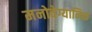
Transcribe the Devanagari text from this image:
मनोवेग्यानिक